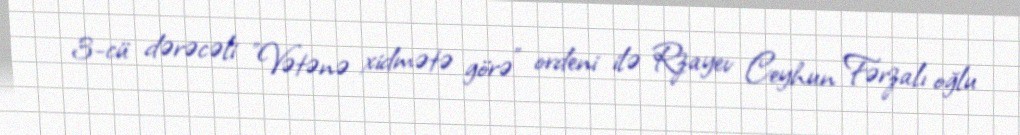
3-cü dərəcəli "Vətənə xidmətə görə" ordeni ilə Rzayev Ceyhun Fərzalı oğlu